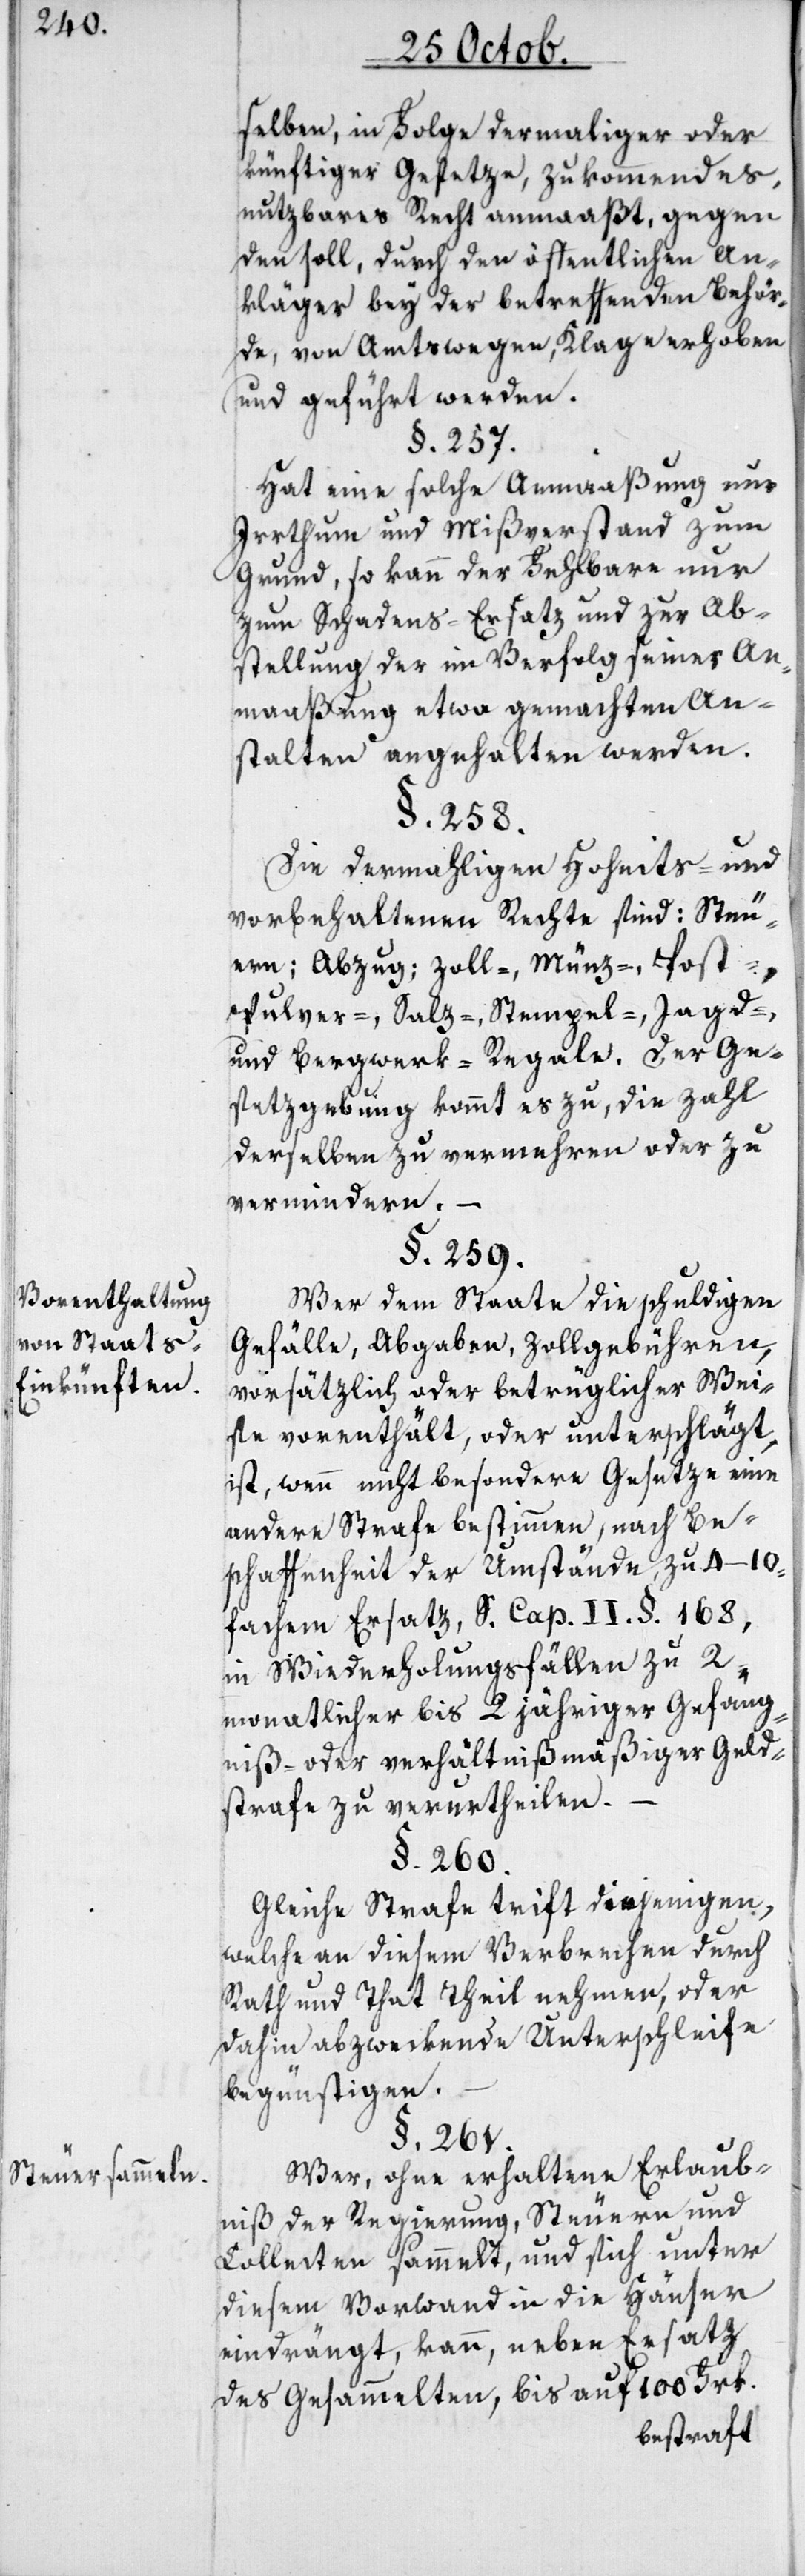
Vorenthaltung
von Staats-E¬
inkünften.
–
Steuersammeln.

selben, in Folge dermaliger oder
künftiger Gesetze, zukommendes
nutzbares Recht anmaßt, gegen
den soll, durch den öffentlichen An¬
kläger bey der betreffenden Behör¬
de, von Amtswegen Klage erhoben
und geführt werden.
§. 257.
Hat eine solche Anmaßung nur
Irrthum und Mißverstand zum
Grund, so kann der Fehlbare nur
zum Schadens-Ersatz und zur Ab¬
stellung der im Verfolg seiner An¬
maßung etwa gemachten An¬
stalten angehalten werden.
§. 258.
Die dermahligen Hoheits- und
vorbehaltenen Rechte sind: Steu¬
ern; Abzug; Zoll-, Münz-, Post-,
Pulver-, Salz-, Stempel-, Jagd-
und Bergwerk-Regale. Der Ge¬
setzgebung kommt es zu, die Zahl
derselben zu vermehren oder zu
vermindern. –
§. 259.
Wer dem Staate die schuldigen
Gefälle, Abgaben, Zollgebühren,
vorsätzlich oder betrüglicher Wei¬
se vorenthält, oder unterschlägt,
ist, wenn nicht besondere Gesetze eine
andere Strafe bestimmen, nach Be¬
schaffenheit der Umstände, zu 4–10f¬
achem Ersatz, siehe Cap. II. §. 168,
in Wiederholungsfällen zu m¬
onatlicher bis 2 jähriger Gefäng¬
niß- oder verhältnißmäßiger Geld¬
strafe zu verurtheilen.
§. 260.
Gleiche Strafe trifft diejenigen,
welche an diesem Verbrechen durch
Rath und That theilnehmen, oder
dahin abzweckende Unterschleife
begünstigen.
§. 261.
Wer ohne erhaltene Erlaub¬
nis der Regierung Steuern und
Collecten sammelt, und sich unter
diesem Vorwand in die Häuser
eindrängt, kann, neben Ersatz
des Gesammelten, bis auf 100 Frk.